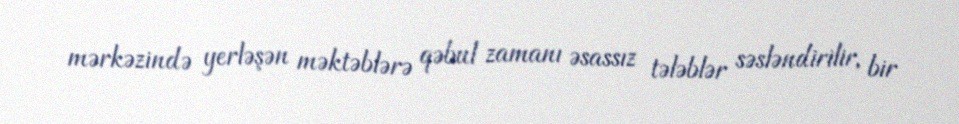
mərkəzində yerləşən məktəblərə qəbul zamanı əsassız tələblər səsləndirilir, bir